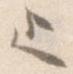
と